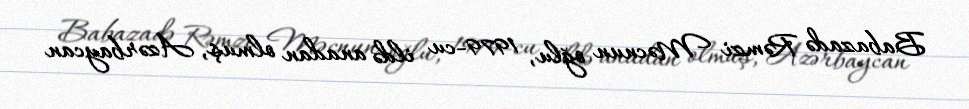
Babazadə Rəmzi Məcnun oğlu, 1979-cu ildə anadan olmuş, Azərbaycan